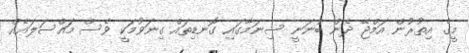
މީގެ އިތުރުން އަމްޖޭ ދެން ބުނަނީ ސިނަމާގައި ގޮނޑިތައް ގިނަވުމަކީ ވެސް މައްސަލައެއް